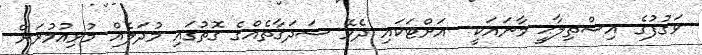
ވަޤުފުގެ އިސްތިލާޙީ މާނައަކީ  އަށްޓަކައި ދެވޭ ސަދަޤާތެއްގެ ގޮތުގައި މުދަލެއް މުޅިއުމުރަށް